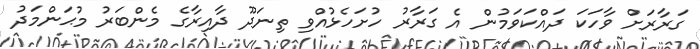
ގަރާރަށް ވާހަކަ ދައްކަވަމުން އެ ގަރާރު ހުށަހެޅުއްވި ތިނަދޫ ދާއިރާގެ މެންބަރު މުޙަންމަދު